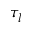
\tau _ { l }